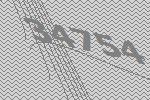
34754